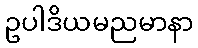
ဥပါဒိယမညမာနာ